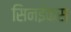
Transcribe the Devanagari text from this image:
सिनईकस